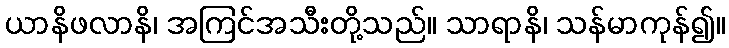
ယာနိဖလာနိ၊ အကြင်အသီးတို့သည်။ သာရာနိ၊ သန်မာကုန်၍။